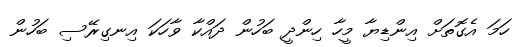
ހަމަ އެގޮތަށް އިންޑިޔާ މީހާ ހިންދީ ބަހުން ދައްކާ ވާހަކަ އިނގިރޭސި ބަހުން